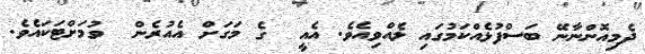
ދެމިއޮންނާނޭ ބަސްފުޅެއްކަމުގައި ލެއްވިއެވެ. އެއީ  ގެ މަގަށް އެއުރެން  ވުމަށްޓަކައެވެ.